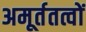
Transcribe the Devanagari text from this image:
अमूर्ततत्वों